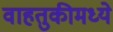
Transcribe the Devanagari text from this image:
वाहतुकीमध्ये